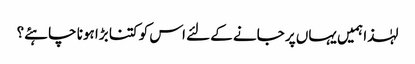
لہٰذا ہمیں یہاں پر جانے کے لئے اس کو کتنا بڑا ہونا چاہئے؟